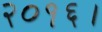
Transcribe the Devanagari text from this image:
२०१६।